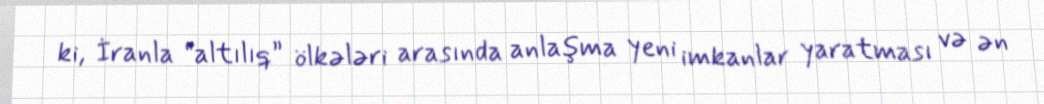
ki, İranla “altılıq” ölkələri arasında anlaşma yeni imkanlar yaratması və ən